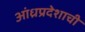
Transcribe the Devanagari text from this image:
आंध्रप्रदेशाची